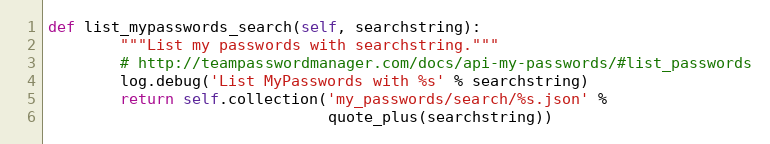
Language: Python
def list_mypasswords_search(self, searchstring):
        """List my passwords with searchstring."""
        # http://teampasswordmanager.com/docs/api-my-passwords/#list_passwords
        log.debug('List MyPasswords with %s' % searchstring)
        return self.collection('my_passwords/search/%s.json' %
                               quote_plus(searchstring))